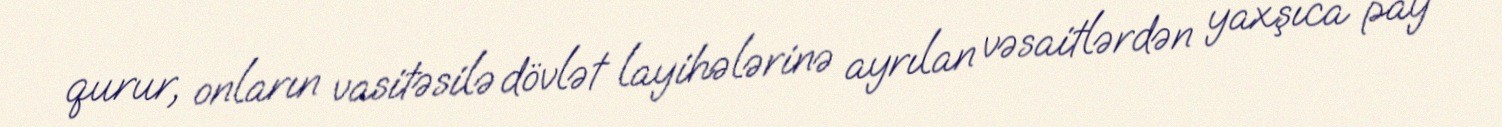
qurur, onların vasitəsilə dövlət layihələrinə ayrılan vəsaitlərdən yaxşıca pay